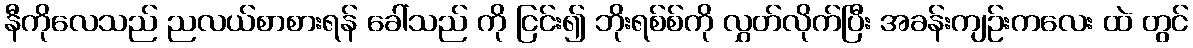
နီကိုလေသည် ညလယ်စာစားရန် ခေါ်သည် ကို ငြင်း၍ ဘိုးရစ်စ်ကို လွှတ်လိုက်ပြီး အခန်းကျဉ်းကလေး ထဲ တွင်